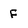
Character: F